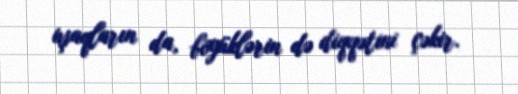
uşaqların da, böyüklərin də diqqətini çəkir.